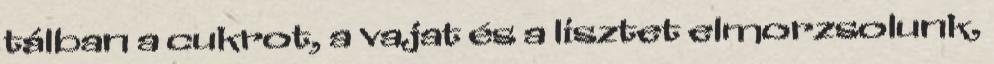
tálban a cukrot, a vajat és a lisztet elmorzsolunk,